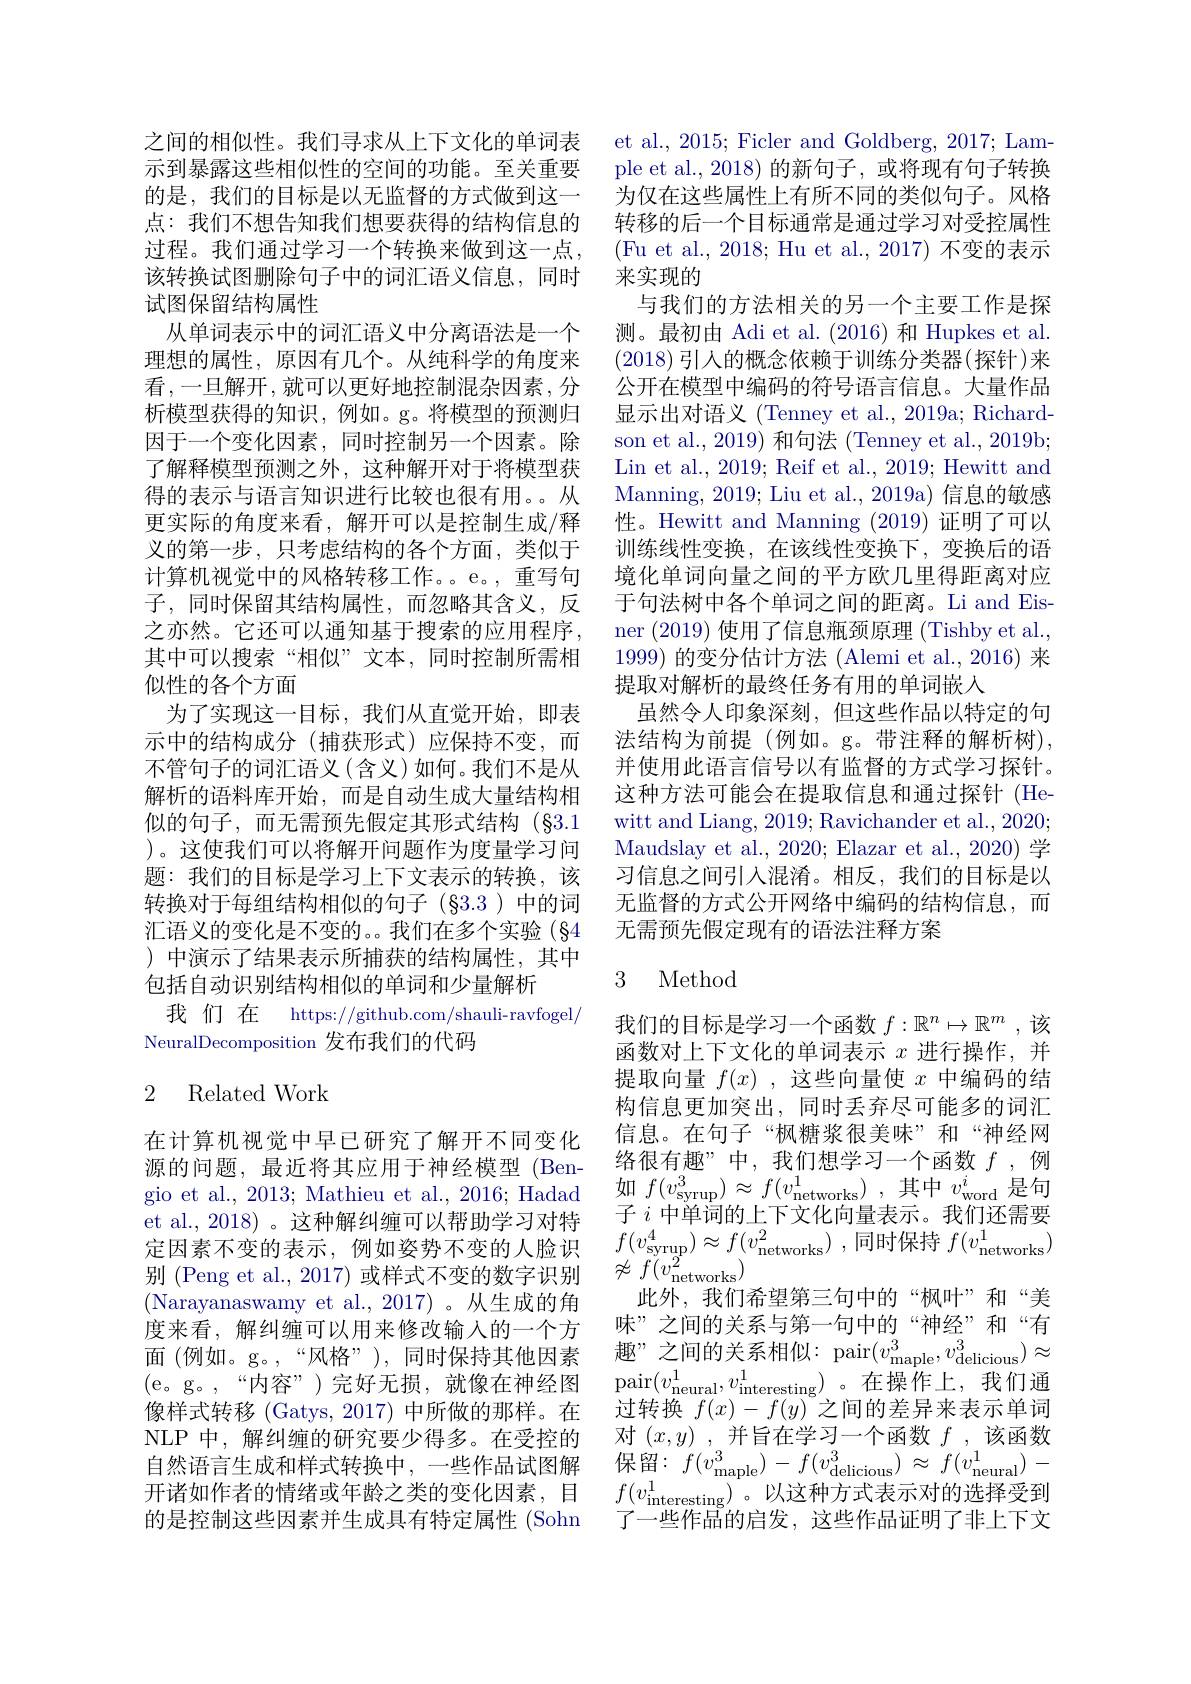
之间的相似性。我们寻求从上下文化的单词表示到暴露这些相似性的空间的功能。至关重要的是，我们的目标是以无监督的方式做到这一点：我们不想告知我们想要获得的结构信息的过程。我们通过学习一个转换来做到这一点， 该转换试图删除句子中的词汇语义信息，同时试图保留结构属性
从单词表示中的词汇语义中分离语法是一个理想的属性，原因有几个。从纯科学的角度来看，一旦解开，就可以更好地控制混杂因素，分析模型获得的知识，例如。g。将模型的预测归因于一个变化因素，同时控制另一个因素。除了解释模型预测之外，这种解开对于将模型获得的表示与语言知识进行比较也很有用。。从更实际的角度来看，解开可以是控制生成/释义的第一步，只考虑结构的各个方面，类似于计算机视觉中的风格转移工作。。e。,重写句子，同时保留其结构属性，而忽略其含义，反之亦然。它还可以通知基于搜索的应用程序， 其中可以搜索“相似”文本，同时控制所需相似性的各个方面
为了实现这一目标，我们从直觉开始，即表示中的结构成分(捕获形式)应保持不变，而不管句子的词汇语义(含义)如何。我们不是从解析的语料库开始，而是自动生成大量结构相似的句子，而无需预先假定其形式结构(§3.1 )。这使我们可以将解开问题作为度量学习问题：我们的目标是学习上下文表示的转换，该转换对于每组结构相似的句子(§3.3)中的词汇语义的变化是不变的。。我们在多个实验(§4 )中演示了结果表示所捕获的结构属性，其中包括自动识别结构相似的单词和少量解析
我 们 在 https://github.com/shauli-ravfogel/
NeuralDecomposition 发布我们的代码

## 2 Related Work

在计算机视觉中早已研究了解开不同变化源的问题，最近将其应用于神经模型(Bengio et al., 2013; Mathieu et al., 2016; Hadad et al., 2018) 。这种解纠缠可以帮助学习对特定因素不变的表示，例如姿势不变的人脸识别 (Peng et al., 2017) 或样式不变的数字识别(Narayanaswamy et al.,2017)。从生成的角度来看，解纠缠可以用来修改输入的一个方面 (例如。g。,“风格”),同时保持其他因素像样式转移 (Gatys, 2017) 中所做的那样。在NLP 中，解纠缠的研究要少得多。在受控的自然语言生成和样式转换中，一些作品试图解开诸如作者的情绪或年龄之类的变化因素，目的是控制这些因素并生成具有特定属性 (Sohn

et al., 2015; Ficler and Goldberg, 2017; Lample et al., 2018) 的新句子，或将现有句子转换为仅在这些属性上有所不同的类似句子。风格转移的后一个目标通常是通过学习对受控属性(Fu et al., 2018; Hu et al., 2017) 不变的表示来实现的
与我们的方法相关的另一个主要工作是探测。最初由 Adi et al.(2016) 和 Hupkes et al. (2018)引人的概念依赖于训练分类器(探针)来公开在模型中编码的符号语言信息。大量作品显示出对语义 (Tenney et al., 2019a; Richardson et al., 2019) 和句法 (Tenney et al., 2019b; Lin et al., 2019; Reif et al., 2019; Hewitt and Manning, 2019; Liu et al., 2019a) 信息的敏感性。Hewitt and Manning (2019) 证明了可以训练线性变换，在该线性变换下，变换后的语境化单词向量之间的平方欧几里得距离对应于句法树中各个单词之间的距离。Li and Eisner (2019)使用了信息瓶颈原理 (Tishby et al., 1999)的变分估计方法 (Alemi et al., 2016) 来提取对解析的最终任务有用的单词嵌入
虽然令人印象深刻，但这些作品以特定的句法结构为前提(例如。g。带注释的解析树), 并使用此语言信号以有监督的方式学习探针。这种方法可能会在提取信息和通过探针(Hewitt and Liang, 2019; Ravichander et al., 2020; Maudslay et al., 2020; Elazar et al., 2020) 学习信息之间引入混淆。相反，我们的目标是以无监督的方式公开网络中编码的结构信息，而无需预先假定现有的语法注释方案

## 3 Method

我们的目标是学习一个函数$f:\mathbb{R}^n\mapsto\mathbb{R}^m$ ,该函数对上下文化的单词表示$x$进行操作，并提取向量$f(x)$ ,这些向量使$x$中编码的结构信息更加突出，同时丢弃尽可能多的词汇信息。在句子“枫糖浆很美味”和“神经网络很有趣”中，我们想学习一个函数$f$ ,例如$f( v_{\mathrm{syrup}}^{3}) \approx f( v_{\mathrm{networks}}^{1})$ ,其中$v_\mathrm{word}^{i}$是句子$i\dot{\text{ 中单词的上下文化向量表示。我们还需要}}$ $\begin{array}{l}{f(v_{\mathrm{syrup}}^{4})\approx f(v_{\mathrm{networks}}^{2})~,~\text{同时保持 }f(v_{\mathrm{networks}}^{1})}\end{array}$ $\not\approx f(v_{\mathrm{networks}}^{2})$
此外，我们希望第三句中的“枫叶”和“美味”之间的关系与第一句中的“神经”和“有趣”之间的关系相似：pair$(v_\mathrm{maple}^3,v_\mathrm{delicious}^3)\approx$
(e。g。,“内容”)完好无损，就像在神经图 pair$(v_{\mathrm{neural}}^{1},v_{\mathrm{interesting}}^{1})$。在操作上，我们通(e。g。“内容”)完好无损，就像在神经图 pair$(v_{\mathrm{neural}}^{1},v_{\mathrm{interesting}}^{1})$。在操作上，我们通
过转换$f(x)-f(y)$之间的差异来表示单词对$( x, y)$ ,并旨在学习一个函数$f$ ,该函数保留$:f(v_{\mathrm{maple}}^{3})-f(v_{\mathrm{delicious}}^{3})\approx f(v_{\mathrm{neural}}^{1})-$ $f(v_{\mathrm{interesting}}^{1})$。以这种方式表示对的选择受到 $f( v_{\mathrm{interesting}}^{1})$。以这种方式表示对的选择受到了一些作品的启发，这些作品证明了非上下文